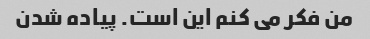
من فکر می کنم این است. پیاده شدن